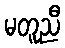
မတူညီ